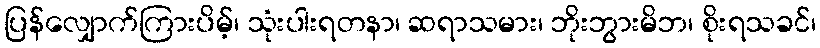
ပြန်လျှောက်ကြားပိမ့်၊ သုံးပါးရတနာ၊ ဆရာသမား၊ ဘိုးဘွားမိဘ၊ စိုးရသခင်၊